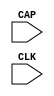
///////////////////////////////////////////////////////////////////////////////
// Copyright (c) 1995/2004 Xilinx, Inc.
// All Right Reserved.
///////////////////////////////////////////////////////////////////////////////
//   ____  ____
//  /   /\/   /
// /___/  \  /    Vendor : Xilinx
// \   \   \/     Version : 10.1
//  \   \         Description : Xilinx Functional Simulation Library Component
//  /   /                  Register State Capture for Bitstream Readback for SPARTAN3A
// /___/   /\     Filename : CAPTURE_SPARTAN3A.v
// \   \  /  \    Timestamp : Fri Jul  1 14:45:00 PDT 2005
//  \___\/\___\
//
// Revision:
//    07/01/05 - Initial version.
// End Revision

`timescale  1 ps / 1 ps


module CAPTURE_SPARTAN3A (CAP, CLK);

    input  CAP, CLK;
    
    parameter ONESHOT = "TRUE";

endmodule